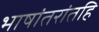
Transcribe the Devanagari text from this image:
भाषांतरांतहि